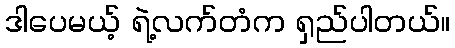
ဒါပေမယ့် ရဲ့လက်တံက ရှည်ပါတယ်။